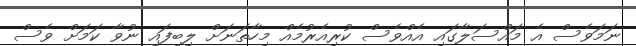
ނަމަވެސް އެ މައްސަލާގައި އެއްވެސް ކުރިއެރުމެއް މިހާތަނަށް ލިބިފައި ނުވާ ކަމަށް ވެސް